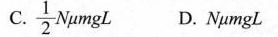
C. \frac{1}{2}N \mu mgL D.NumgL